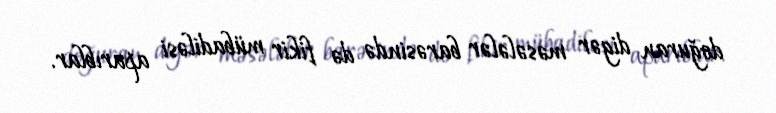
doğuran digər məsələlər barəsində də fikir mübadiləsi aparıblar.